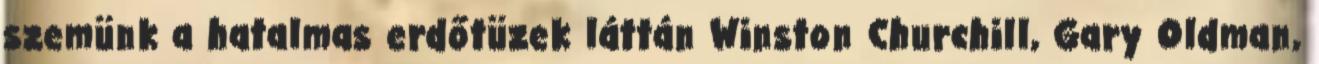
szemünk a hatalmas erdőtüzek láttán Winston Churchill, Gary Oldman,